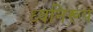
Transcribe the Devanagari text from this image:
ध्वनिरूप